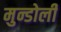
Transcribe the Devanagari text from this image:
मुन्डोली